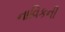
નાવિકની